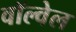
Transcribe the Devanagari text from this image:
वॉल्वेल